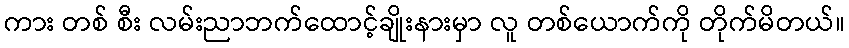
ကား တစ် စီး လမ်းညာဘက်ထောင့်ချိုးနားမှာ လူ တစ်ယောက်ကို တိုက်မိတယ်။